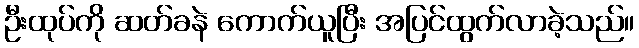
ဦးထုပ်ကို ဆတ်ခနဲ ကောက်ယူပြီး အပြင်ထွက်လာခဲ့သည်။